Lunatic asylums Central Provinces reports 1886-1894 - 1886-1894
Year: 1886
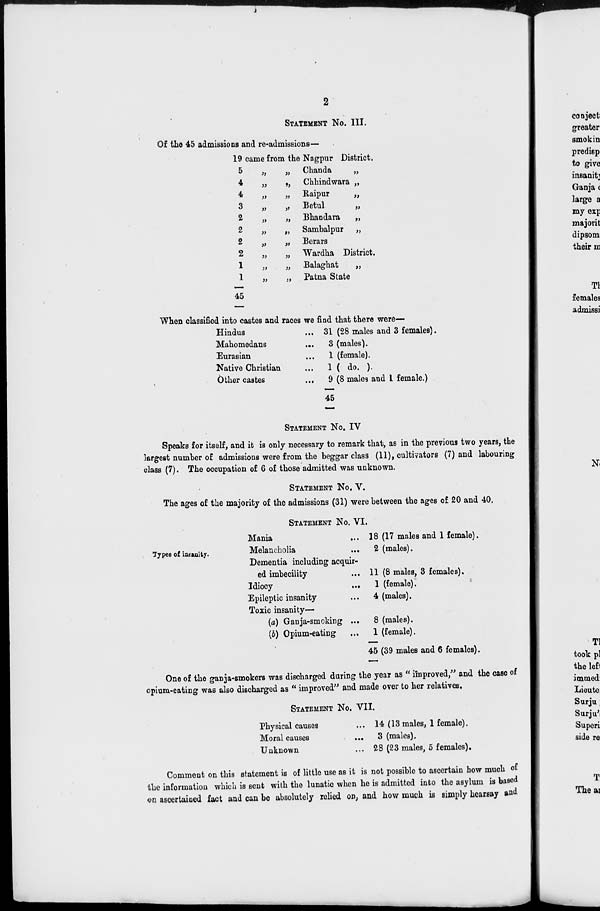
2
STATEMENT No. III.
Of the 45 admissions and re-admissions—
19 came from the Nagpur District.
5
4
4
3
2
2
2
2
1
1
45
„
„ Chanda
„
„
„ Chhindwara „
„
„ Raipur
„
„
„ Betul
„
„
„ Bhandara
„
„
„ Sambalpur „
„
„ Berars
„
„ Wardha District.
„
„ Balaghat
„
„
„ Patna State
When classified into castes and races we find that there were—
Hindus
...
Mahomedans...
Eurasian...
Native Christian...
Other castes
...
31 (28 males and 3 females).
3 (males).
1 (female).
1 ( do. ).
9 (8 males and 1 female.)
45
STATEMENT No. IV
Speaks for itself, and it is only necessary to remark that, as in the previous two years, the
largest number of admissions were from the beggar class (11), cultivators (7) and labouring
class (7). The occupation of 6 of those admitted was unknown.
STATEMENT No. No. V.
The ages of the majority of the admissions (31) were between the ages of 20 and 40.
STATEMENT No. No. VI.
Types of insanity.
Mania
...
Melancholia...
Dementia including acquir-
ed imbecility
Idiocy...
Epileptic insanity...
18 (17 males and 1 female).
2 (males).
11 (8 males, 3 females).
1 (female).
4 (males).
Toxic insanity—
(a) Ganja-smoking ...
(b) Opium-eating...
8 (males).
1 (female).
45 (39 males and 6 females).
One of the ganja-smokers was discharged during the year as " improved," and the case of
opium-eating was also discharged as " improved" and made over to her relatives.
STATEMENT No. No. VII.
Physical causes...
Moral causes...
Unknown...
14 (13 males, 1 female).
3 (males).
28 (23 males, 5 females).
Comment on this statement is of little use as it is not possible to ascertain how much of
the information which is sent with the lunatic when he is admitted into the asylum is based
on ascertained fact and can be absolutely relied on, and how much is simply hearsay and